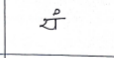
मजकूर: यं